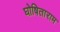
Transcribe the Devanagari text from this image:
घोषिताराम